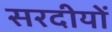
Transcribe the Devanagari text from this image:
सरदीयों